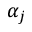
\alpha _ { j }